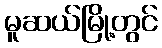
မူဆယ်မြို့တွင်